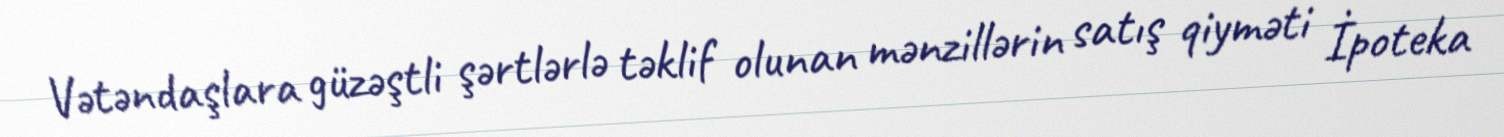
Vətəndaşlara güzəştli şərtlərlə təklif olunan mənzillərin satış qiyməti İpoteka